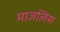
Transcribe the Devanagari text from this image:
माजलिस